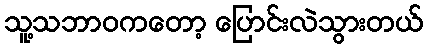
သူ့သဘာဝကတော့ ပြောင်းလဲသွားတယ်